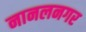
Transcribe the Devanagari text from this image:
नानलनगर